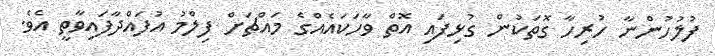
ފުލުހުންނާ ހުރިހާ ގޮތަކުން ގުޅިފައި އޮތް ވާހަކައެއްގެ މައްޗަށް ފިލްމު އުފައްދާފައިވާތީ އެވެ.